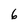
Character: 6